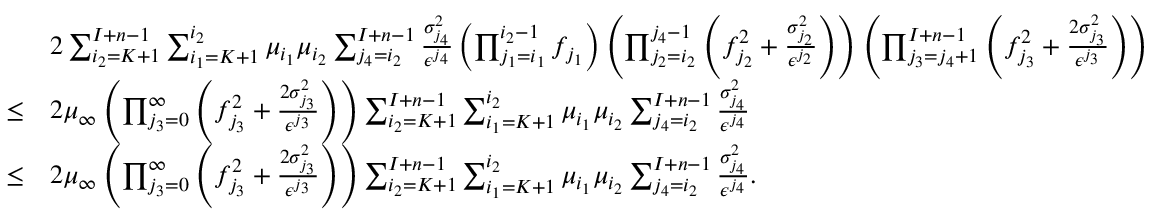
\begin{array} { r l } & { 2 \sum _ { i _ { 2 } = K + 1 } ^ { I + n - 1 } \sum _ { i _ { 1 } = K + 1 } ^ { i _ { 2 } } \mu _ { i _ { 1 } } \mu _ { i _ { 2 } } \sum _ { j _ { 4 } = i _ { 2 } } ^ { I + n - 1 } \frac { \sigma _ { j _ { 4 } } ^ { 2 } } { \epsilon ^ { j _ { 4 } } } \left( \prod _ { j _ { 1 } = i _ { 1 } } ^ { i _ { 2 } - 1 } f _ { j _ { 1 } } \right) \left( \prod _ { j _ { 2 } = i _ { 2 } } ^ { j _ { 4 } - 1 } \left( f _ { j _ { 2 } } ^ { 2 } + \frac { \sigma _ { j _ { 2 } } ^ { 2 } } { \epsilon ^ { j _ { 2 } } } \right) \right) \left( \prod _ { j _ { 3 } = j _ { 4 } + 1 } ^ { I + n - 1 } \left( f _ { j _ { 3 } } ^ { 2 } + \frac { 2 \sigma _ { j _ { 3 } } ^ { 2 } } { \epsilon ^ { j _ { 3 } } } \right) \right) } \\ { \leq } & { 2 \mu _ { \infty } \left( \prod _ { j _ { 3 } = 0 } ^ { \infty } \left( f _ { j _ { 3 } } ^ { 2 } + \frac { 2 \sigma _ { j _ { 3 } } ^ { 2 } } { \epsilon ^ { j _ { 3 } } } \right) \right) \sum _ { i _ { 2 } = K + 1 } ^ { I + n - 1 } \sum _ { i _ { 1 } = K + 1 } ^ { i _ { 2 } } \mu _ { i _ { 1 } } \mu _ { i _ { 2 } } \sum _ { j _ { 4 } = i _ { 2 } } ^ { I + n - 1 } \frac { \sigma _ { j _ { 4 } } ^ { 2 } } { \epsilon ^ { j _ { 4 } } } } \\ { \leq } & { 2 \mu _ { \infty } \left( \prod _ { j _ { 3 } = 0 } ^ { \infty } \left( f _ { j _ { 3 } } ^ { 2 } + \frac { 2 \sigma _ { j _ { 3 } } ^ { 2 } } { \epsilon ^ { j _ { 3 } } } \right) \right) \sum _ { i _ { 2 } = K + 1 } ^ { I + n - 1 } \sum _ { i _ { 1 } = K + 1 } ^ { i _ { 2 } } \mu _ { i _ { 1 } } \mu _ { i _ { 2 } } \sum _ { j _ { 4 } = i _ { 2 } } ^ { I + n - 1 } \frac { \sigma _ { j _ { 4 } } ^ { 2 } } { \epsilon ^ { j _ { 4 } } } . } \end{array}